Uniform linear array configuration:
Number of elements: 32
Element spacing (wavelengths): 0.25
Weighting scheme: kaiser
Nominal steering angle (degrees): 0
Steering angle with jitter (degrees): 1.554
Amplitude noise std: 0.05
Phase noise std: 0.05

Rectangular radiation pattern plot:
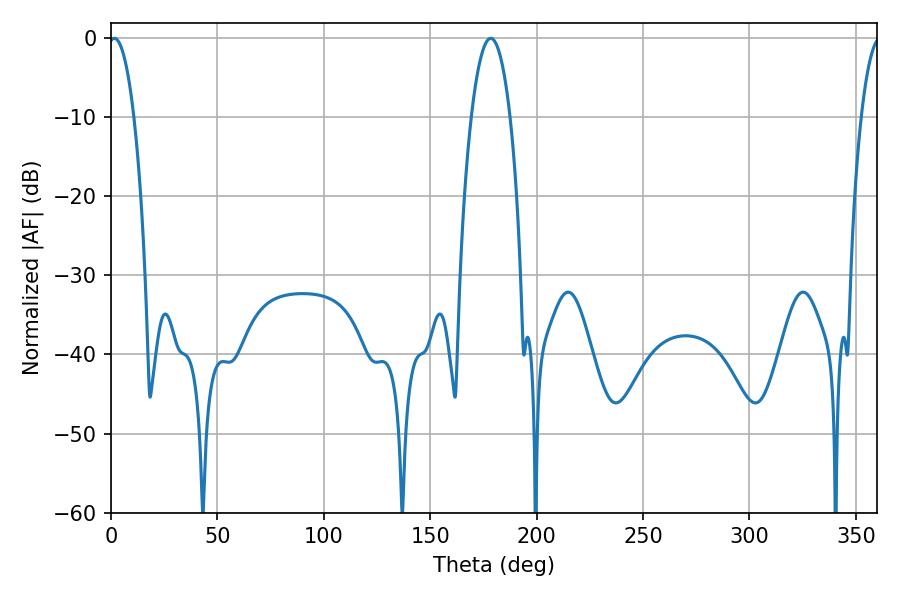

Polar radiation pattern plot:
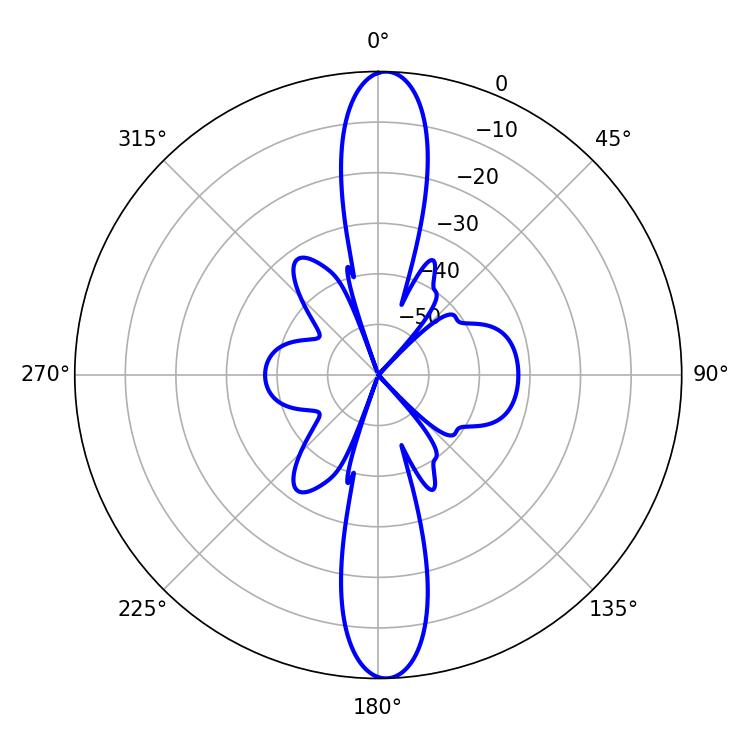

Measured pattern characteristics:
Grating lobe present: FALSE
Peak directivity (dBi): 22.691
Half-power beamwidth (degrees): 6.66
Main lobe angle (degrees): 1.62